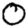
Digit: 0